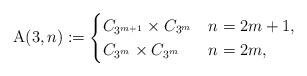
LaTeX: \begin{align*}\mathrm{A}(3,n):=\begin{cases}C_{3^{m+1}}\times C_{3^m} & n=2m+1 , \\C_{3^m}\times C_{3^m} & n=2m ,\end{cases}\end{align*}